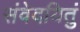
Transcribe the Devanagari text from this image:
संवेदयितुं